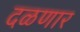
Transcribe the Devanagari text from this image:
दळणार